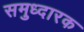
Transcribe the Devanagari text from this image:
समुध्दारक